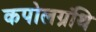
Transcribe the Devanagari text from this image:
कपोलग्रंथि